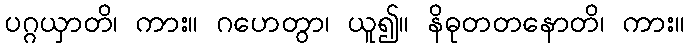
ပဂ္ဂယှာတိ၊ ကား။ ဂဟေတွာ၊ ယူ၍။ နိဓုတတနောတိ၊ ကား။